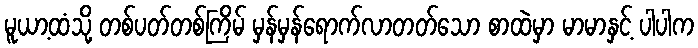
မူယာ့ထံသို့ တစ်ပတ်တစ်ကြိမ် မှန်မှန်ရောက်လာတတ်သော စာထဲမှာ မာမာနှင့် ပါပါက